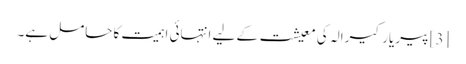
[3] پیریار کیرالہ کی معیشت کے لیے انتہائی اہمیت کا حامل ہے۔